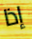
إذا